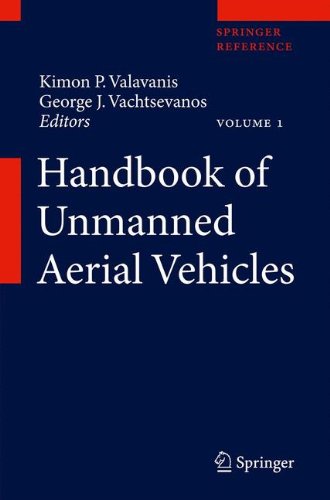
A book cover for Handbook of Unmanned Aerial Vehicles - 5 Volume Set; Engineering & Transportation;